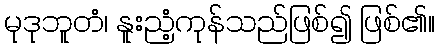
မုဒုဘူတံ၊ နူးညံ့ကုန်သည်ဖြစ်၍ ဖြစ်၏။